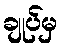
ချုပ်မှ